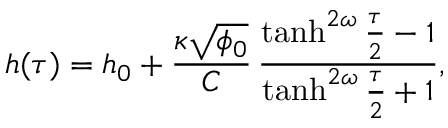
h ( \tau ) = h _ { 0 } + \frac { \kappa \sqrt { \phi _ { 0 } } } { C } \, \frac { \operatorname { t a n h } ^ { 2 \omega } \frac { \tau } 2 - 1 } { \operatorname { t a n h } ^ { 2 \omega } \frac { \tau } 2 + 1 } ,